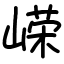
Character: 嵘